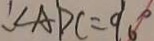
\angle A D C = 9 0 ^ { \circ }